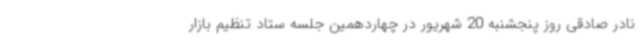
نادر صادقی روز پنجشنبه 20 شهریور در چهاردهمین جلسه ستاد تنظیم بازار